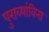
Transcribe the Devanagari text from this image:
पुराव्यांविना